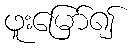
ဖူးမြော်၍